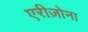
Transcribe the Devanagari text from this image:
एरीज़ोना